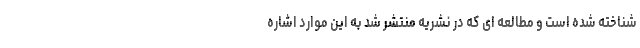
شناخته شده است و مطالعه ای که در نشریه منتشر شد به این موارد اشاره